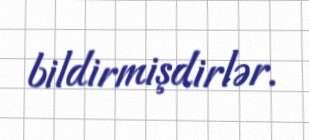
bildirmişdirlər.